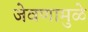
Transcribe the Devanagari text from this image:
जेवणामुळे